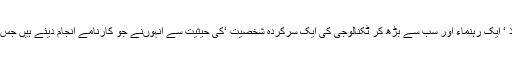
ملک اور قوم کیلئے ایک استاذ ‘ ایک رہنماء اور سب سے بڑھ کر ٹکنالوجی کی ایک سرکردہ شخصیت ‘کی حیثیت سے انہوںنے جو کارنامے انجام دیئے ہیں جس پر قوم اُن کی احسان مند ہے۔